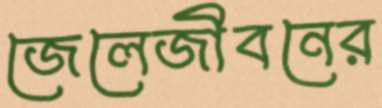
জেলেজীবনের